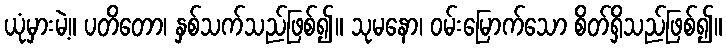
ယုံမှားမဲ့။ ပတိတော၊ နှစ်သက်သည်ဖြစ်၍။ သုမနော၊ ဝမ်းမြောက်သော စိတ်ရှိသည်ဖြစ်၍။